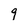
Character: 9